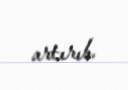
artırıb.